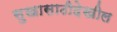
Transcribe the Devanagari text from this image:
सुखासाठीदेखील